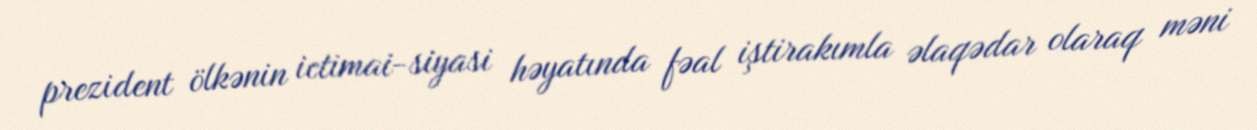
prezident ölkənin ictimai-siyasi həyatında fəal iştirakımla əlaqədar olaraq məni